Report of the Municipal Commissioner on the plague in Bombay for the year ending 31st May... - Volume 1
Disease focus: Plague
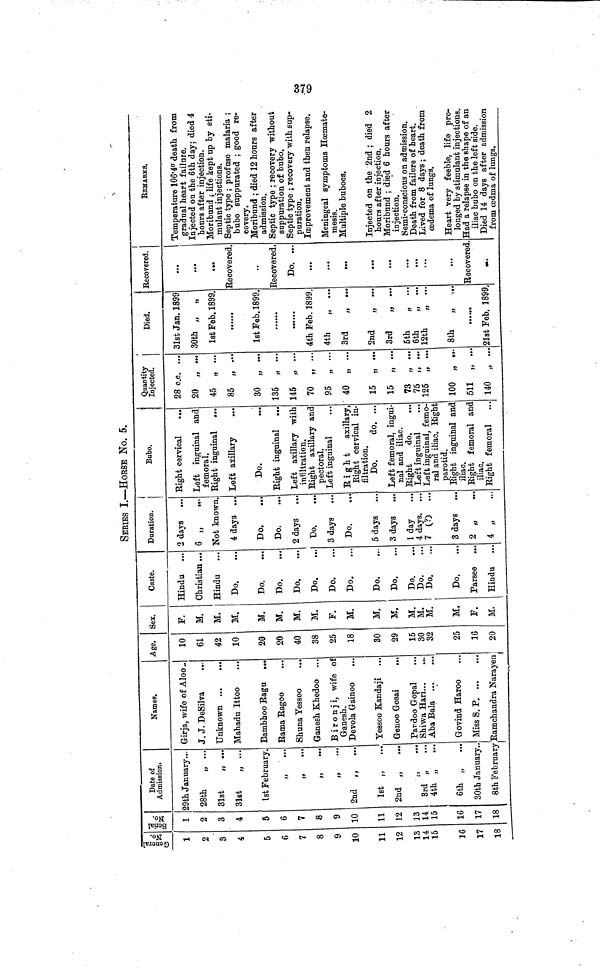
379
SERIES I.—HORSE No. 5.
General!
No.
1
2
3
4
5
6
7
g \J
9
10 AV/
11
12
13
14
15
16
17
18
Serial 1
No. 1
1
2
3
4
5
6
7
8
9
10
11
12
13
14
15
16
17
18
Date of
Admission.
29th January...
28th
„ ...
31st
,j .··
31st
„ ...
1st February.
»
···
»
···
»
··.
»
···
2nd , .
**·"·«·
f $
w
1st „
2nd „
.«
3rd "
4th „
6th „
...
30th January.
8th February
Names.
Gir ja, wife of Aloo ..
J. J. DeSilva
Unknown
Mahadu Ittoo
Eambhoo Bag u .··
Rama Bagoo
Shuna Yessoo
...
Ganesh Khedoo ...
B i r o n j i, wife of
Ganesh.
Devola Gainoo
Yessoo Kandaji
Genoo Gosai
Pan doo Gopal
Shiwa Hari
Aba Bala
Govind Haroo
Miss S. P
Bamchandra Narayer
Age.
10
61
42
10
20
20
40
38
25
18
30
29
15
30
32
25
16
ι
20
Sex.
F.
M.
M.
M.
M.
M.
M.
M.
F.
M.
M.
M.
M.
M.
M.
M.
F.
M.
Caste.
Hindu
Christian ...
Hindu
Do.
Do.
Do.
Do.
Do.
Do.
Do.
Do.
Do.
Do.
Do.
Do.
Do.
Parsee
Hindu
Duration.
2 days
6 „
«·
Not known.
4 days ...
Do.
Do.
2 days
Do.
3 days
Do.
5 days
3 days
1 day
4 days.
7 CO ··
3 days
2 „
..
4 „
•Rnhn
' Quantity
Bul)0
·
i Rejected.
Bight cervical
...
Left inguinal and
femoral.
Bight inguinal
...
Left axillary
Do.
Bight inguinal
Left axillary with
infiltration.
Bight axillary and
pectoral.
Left inguinal
Bight
axillary,
Eight cervical in-
filtration.
Do.
do. ...
Left femoral, ingui-
nal and iliac.
Bight
do.
Left inguinal
Left inguinal, femó
ral and iliac. Bigh
parotid.
Bight inguinal and
iliac.
Bight femoral anc
iliac.
Bight femoral
28 c.c. ...
20 „ ...
45 „ ...
85 „ ...
30 „ ...
135 „ ...
145 „ ...
70 „ ...
95 „ ...
40 „ ...
15 „ ...
15 „ ...
73 „ ...
75 „ ...
125 „ ..
100 „ .,
511 „ ..
140 „ ..
I
I
Recovered.
31st Jan. 1899
30th „ „
1st Feb. 1899.
1st Feb. 1899.
4th Feb. 1899.
4th
„ ...
3rd
„ ·..
2nd
„ ...
3rd
„ ..
5th
„ ..
6th
„ ..
12th
„ ..
8th
„ .,.
··· ···
21st Feb. 1899
...
...
«··
lecovered.
··
Recovered.
Do. ...
...
···
...
• •V
...
...
...
Eecovered
••j
REMARKS.
Temperature 106·4° death from
gradual heart failure.
Injected on the 6th day; died 4
hours after injection.
Moribund ; life kept up by sti-
mulant injections.
Septic type ; profuse malaria ;
bubo suppurated ; good re-
covery.
Moribund ; died 12 hours after
admission.
Septic type ; recovery without
suppuration of bubo.
Septic type ; recovery with sup-
puration.
Improvement and then relapse.
Meningeäl symptoms Hoemate-
mesis
Multiple buboes.
Injected on the 2nd ; died 2
hours after injection.
Moribund ; died 6 hours after
injection.
Semi-conscious on admission.
Death from failure of heart.
Lived for 8 days ; death from
oedema of lungs.
Heart very feeble, life pro-
longed by stimulant injections.
Had a relapse in the shape of an
iliac bubo on the left side.
Died 14 days after admission
from cedma of lungs.